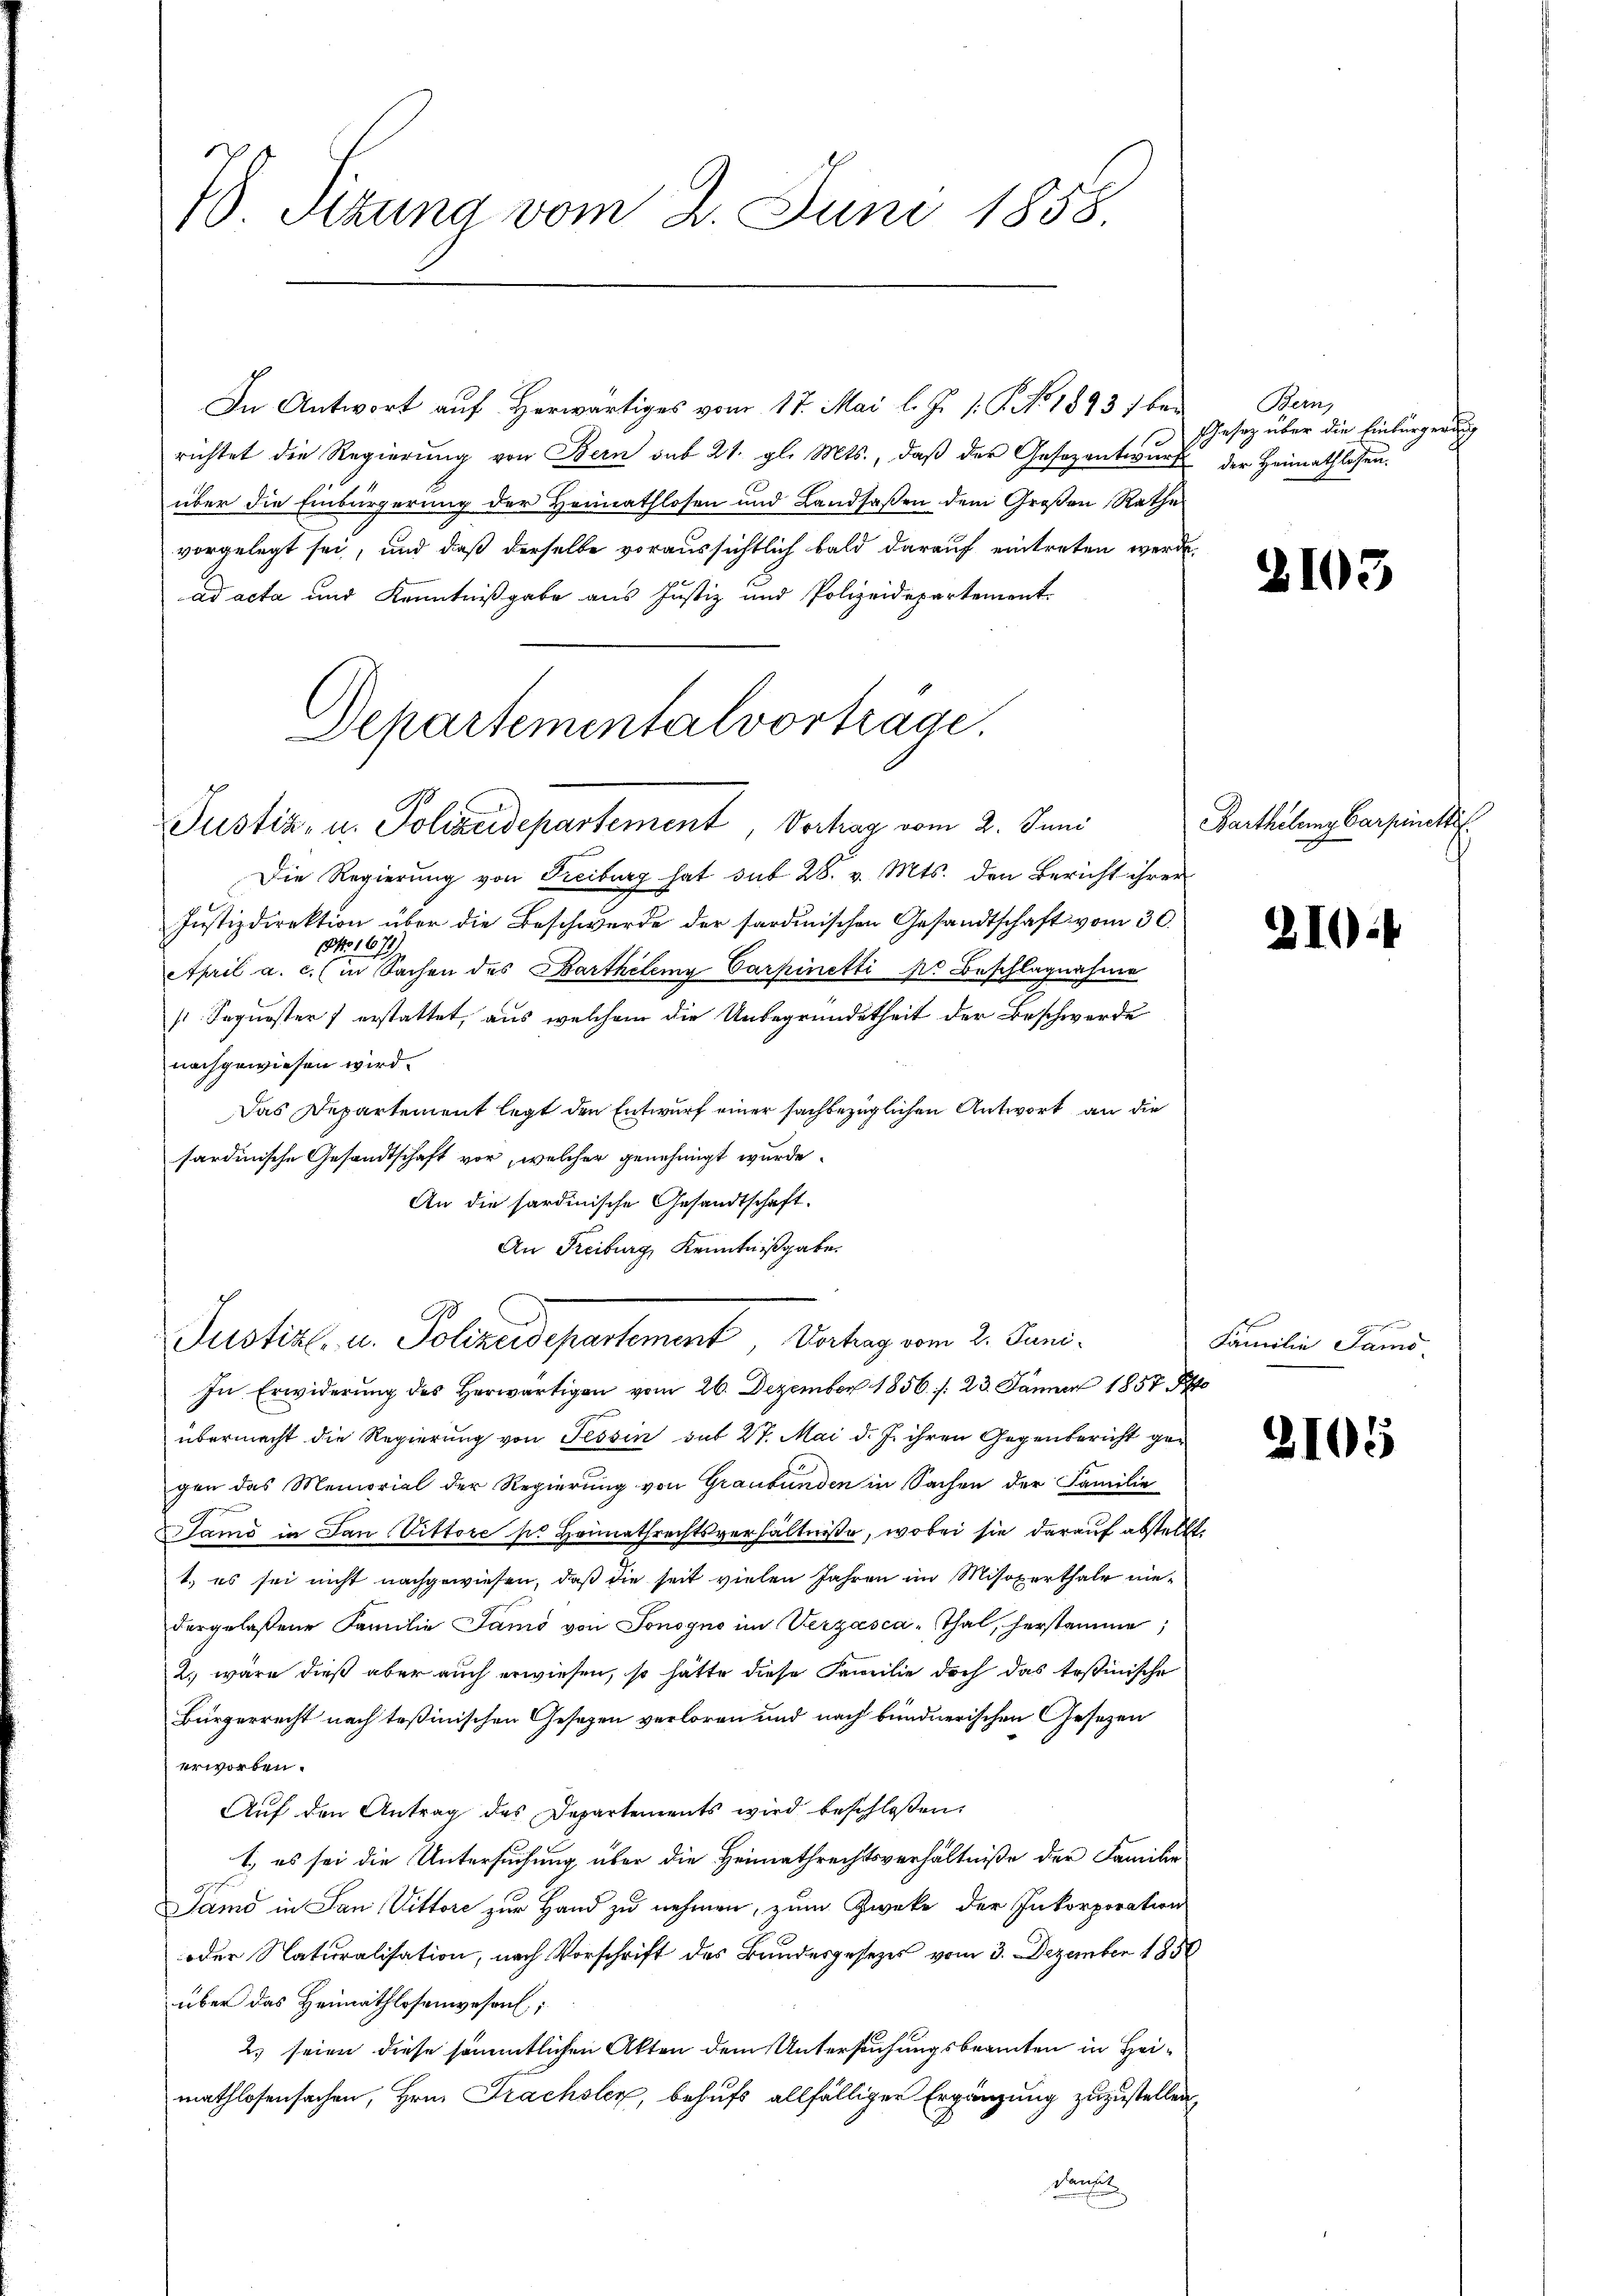
7. Sizung vom 2. Juni 1858.

In Antwort auf Herwärtiges vom 17. Mai l. J. 1: P. No 1893 bei Bern,
richtet die Regierung von Bern sub 21. gl. Mts., daß der Gesezentwurf der Heimathlosen.
über die Einbürgerung der Herinathlosen und Landsaßen dem Großen Rathe
vorgelegt sei, und daß derselbe voraussichtlich bald darauf eintreten werde
ad acta und Kenntnißgabe aus Justiz und Polizeidepartement.
Separtementalvortrage.

Justiz, u. Polizeidepartement, Verhag vom 2. Juni

Die Regierung von Freiburg hat sub 28. v. Mts. den Bericht ihrer
Justizdirektion über die Beschwerde der sardinischen Gesandtschaft vom 30.
April a. eine Sachen des Barthilemy Carpinetti pr Beschlagnahme
sSequester erstattet, aus welchem die Unbegründetheit der Beschwerde
nachgewiesen wird.
Das Departement legt den Entwurf einer sachbezüglichen Antwort an die
sardinische Gesandtschaft vor, welcher genehmigt wurde.
An die sardinische Gesandtschaft.
An Freiburg, Kenntnißgabe.

A
Justizl. u. Polizeidepartement, Vertrag vom 2. Juni.

Gesetz über die Einbürgerung

In Erwiderung des herwärtigen vom 26. Dezember 1856. /: 23. Jänner 1857
übermacht die Regierung von Tessin sub 27. Mai d. J. ihren Gegenbericht gegen das Memorial der Regierung von Graubünden in Sachen der Familie
Samo in Dan Vittore ses Heimathrechtsverhältniße, wobei sie darauf abstellt.
1) es sei nicht nachgewiesen, daß die seit vielen Jahren im Misoxerthale niedergelassene Familie Samo von Sonogno im Verzasca-Thal, herstamme;
2., wäre dieß aber auch erwiesen, so hätte diese Familie doch das Erstinische
Bürgerrecht nach Teßinischen Gesezen verloren und nach bündnerischen Gesetzen
erworben.
Auf den Antrag des Departements wird beschloßen:
1. es sei die Untersuchung über die Heimathrechtsverhältniße der Familie
Samo in San Vittore zur Hand zu nehmen, zum Zwecke der Inkorporation
oder Naturalisation, nach Vorschrift des Bundesgesezes vom 3. Dezember 1858
über das Heimathlosenwesen;
2) seien diese sämmtlichen Akten dem Untersuchungsbeamten in Heimathlosensachen, Hrn. Frachsler, behufs allfälliger Ergänzung zuzustellen
dant

2103

Barthelung Carpinett.

310.

G
Familie Samo-

2105